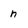
Character: n